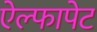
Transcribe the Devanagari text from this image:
ऐल्फापेट